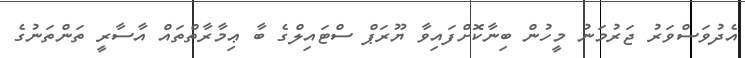
އެދުވަސްވަރު ޖަރުމަނު މީހުން ބިނާކޮށްފައިވާ ޔޫރަޕް ސްޓައިލްގެ ބާ ޢިމާރާތްތައް އާސާރީ ތަންތަނުގެ